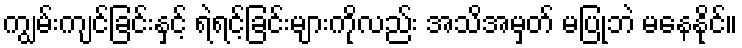
ကျွမ်းကျင်ခြင်းနှင့် ရဲရင့်ခြင်းများကိုလည်း အသိအမှတ် မပြုဘဲ မနေနိုင်။